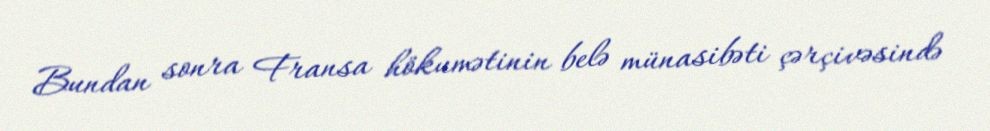
Bundan sonra Fransa hökumətinin belə münasibəti çərçivəsində